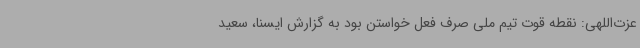
عزت‌اللهی: نقطه قوت تیم ملی صرف فعل خواستن بود به گزارش ایسنا، سعید